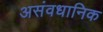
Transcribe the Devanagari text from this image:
असंवधानिक